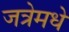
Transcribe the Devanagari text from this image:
जत्रेमधे